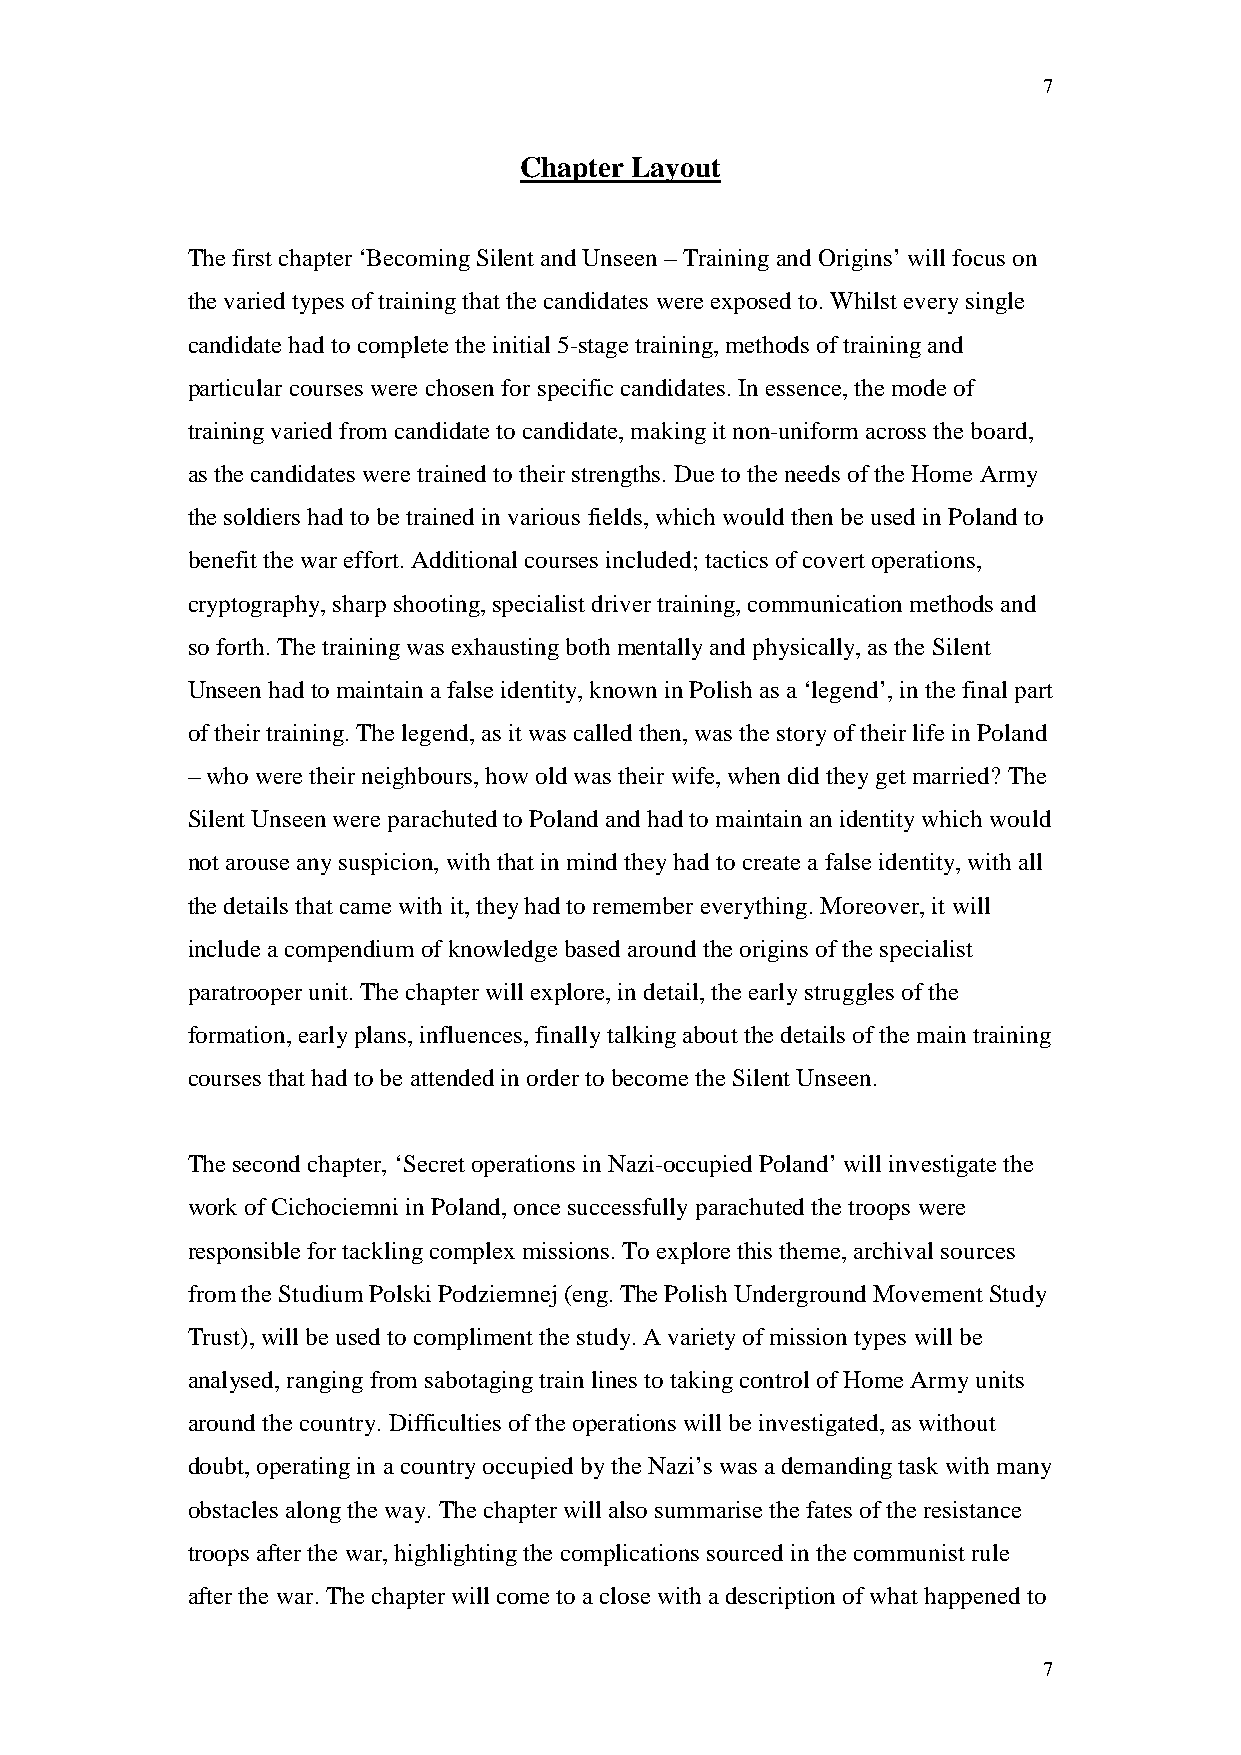
7
 Chapter Layout
 The first chapter ‘Becoming Silent and Unseen – Training and Origins’ will focus on
 the varied types of training that the candidates were exposed to. Whilst every single
 candidate had to complete the initial 5-stage training, methods of training and
 particular courses were chosen for specific candidates. In essence, the mode of
 training varied from candidate to candidate, making it non-uniform across the board,
 as the candidates were trained to their strengths. Due to the needs of the Home Army
 the soldiers had to be trained in various fields, which would then be used in Poland to
 benefit the war effort. Additional courses included; tactics of covert operations,
 cryptography, sharp shooting, specialist driver training, communication methods and
 so forth. The training was exhausting both mentally and physically, as the Silent
 Unseen had to maintain a false identity, known in Polish as a ‘legend’, in the final part
 of their training. The legend, as it was called then, was the story of their life in Poland
 – who were their neighbours, how old was their wife, when did they get married? The
 Silent Unseen were parachuted to Poland and had to maintain an identity which would
 not arouse any suspicion, with that in mind they had to create a false identity, with all
 the details that came with it, they had to remember everything. Moreover, it will
 include a compendium of knowledge based around the origins of the specialist
 paratrooper unit. The chapter will explore, in detail, the early struggles of the
 formation, early plans, influences, finally talking about the details of the main training
 courses that had to be attended in order to become the Silent Unseen.
 The second chapter, ‘Secret operations in Nazi-occupied Poland’ will investigate the
 work of Cichociemni in Poland, once successfully parachuted the troops were
 responsible for tackling complex missions. To explore this theme, archival sources
 from the Studium Polski Podziemnej (eng. The Polish Underground Movement Study
 Trust), will be used to compliment the study. A variety of mission types will be
 analysed, ranging from sabotaging train lines to taking control of Home Army units
 around the country. Difficulties of the operations will be investigated, as without
 doubt, operating in a country occupied by the Nazi’s was a demanding task with many
 obstacles along the way. The chapter will also summarise the fates of the resistance
 troops after the war, highlighting the complications sourced in the communist rule
 after the war. The chapter will come to a close with a description of what happened to
 7